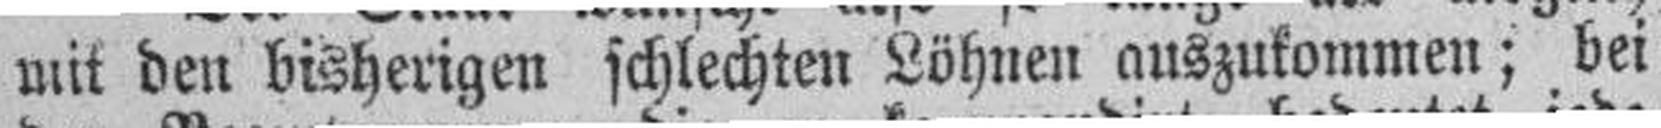
mit den bisherigen schlechten Löhnen auszukommen; bei